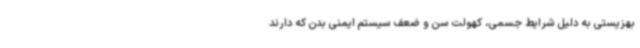
بهزیستی به دلیل شرایط جسمی، کهولت سن و ضعف سیستم ایمنی بدن که دارند